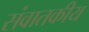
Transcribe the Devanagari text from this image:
संवातकीय